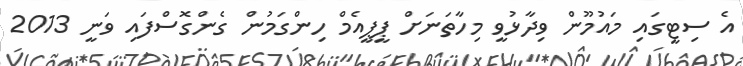
އެ ސިޓީގައި މައުމޫން ވިދާޅުވީ މިހާތަނަށް ޕީޕީއެމް ހިންގަމުން ގެންގޮސްފައި ވަނީ 2013